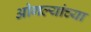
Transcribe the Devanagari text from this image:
ओगल्यांच्या